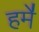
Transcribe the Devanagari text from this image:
हमे॑